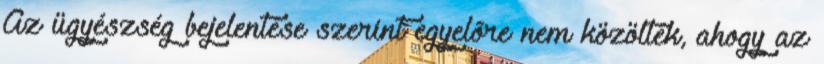
Az ügyészség bejelentése szerint egyelõre nem közölték, ahogy az